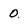
Character: 0